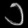
Digit: ၁